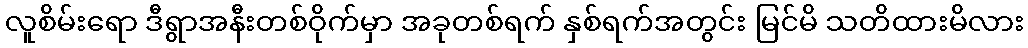
လူစိမ်းရော ဒီရွာအနီးတစ်ဝိုက်မှာ အခုတစ်ရက် နှစ်ရက်အတွင်း မြင်မိ သတိထားမိလား